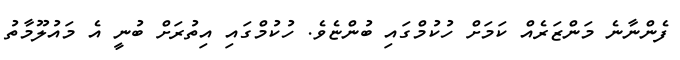
ފެންނާނެ މަންޒަރެއް ކަމަށް ހުކުމްގައި ބުންޏެވެ. ހުކުމްގައި އިތުރަށް ބުނީ އެ މައުލޫމާތު